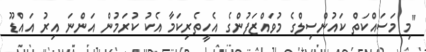
"މި މަސައްކަތް ކައުންސިލްގެ މުވައްޒަފުންގެ އެހީތެރިކަމާ އެކު ކުރަމުން އަންނަ އިރު އައްޑޫ